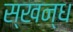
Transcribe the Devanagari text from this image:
स्खन्ध